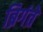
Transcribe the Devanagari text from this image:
ब्रिगंते